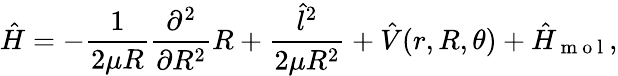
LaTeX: \hat{H}=-\frac{1}{2\mu R}\frac{\partial^{2}}{\partial R^{2}}R+\frac{\hat{l}^{2}}{2\mu R^{2}}+\hat{V}(r,R,\theta)+\hat{H}_{\mathrm{~m~o~l~}},